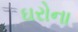
ઘરોના